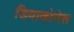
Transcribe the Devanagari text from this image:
डियाकोनेस